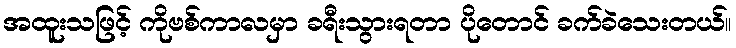
အထူးသဖြင့် ကိုဗစ်ကာလမှာ ခရီးသွားရတာ ပိုတောင် ခက်ခဲသေးတယ်။